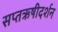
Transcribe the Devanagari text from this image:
सप्तऋषीदर्शन